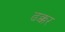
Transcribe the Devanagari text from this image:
ढक्कर